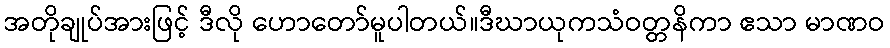
အတိုချုပ်အားဖြင့် ဒီလို ဟောတော်မူပါတယ်။ဒီဃာယုကသံဝတ္တနိကာ ဧသာ မာဏဝ